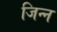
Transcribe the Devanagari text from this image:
जिन्‍न